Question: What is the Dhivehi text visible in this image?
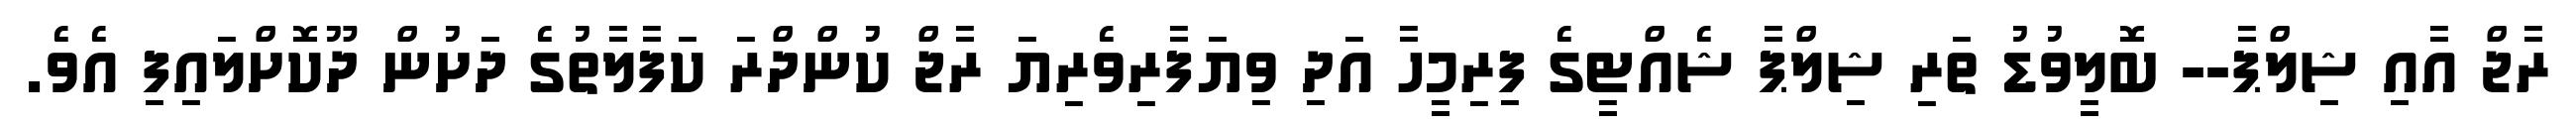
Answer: ރާޖް އާއި ޝިލްޕާ-- ބޮލީވުޑު ތަރި ޝިލްޕާ ޝެއްޓީގެ ފިރިމީހާ އަދި ވިޔަފާރިވެރިޔަ ރާޖް ކުންދްރަ ކަފާލާތުގެ ދަށުން ދޫކޮށްލައިފި އެވެ.